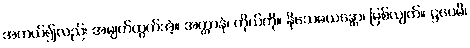
အကယ်၍လည်း အမျက်ထွက်အံ့။ အတ္တာနံ၊ ကိုယ်ကို။ နိသေဓယန္တော၊ မြစ်လျက်။ ဋ္ဌပေမိ၊